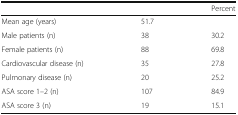
<table><thead><tr><td></td><td></td><td><b>Percent</b></td></tr></thead><tbody><tr><td>Mean age (years)</td><td>51.7</td><td></td></tr><tr><td>Male patients (n)</td><td>38</td><td>30.2</td></tr><tr><td>Female patients (n)</td><td>88</td><td>69.8</td></tr><tr><td>Cardiovascular disease (n)</td><td>35</td><td>27.8</td></tr><tr><td>Pulmonary disease (n)</td><td>20</td><td>25.2</td></tr><tr><td>ASA score 1–2 (n)</td><td>107</td><td>84.9</td></tr><tr><td>ASA score 3 (n)</td><td>19</td><td>15.1</td></tr></tbody></table>